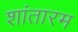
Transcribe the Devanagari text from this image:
शांतारम